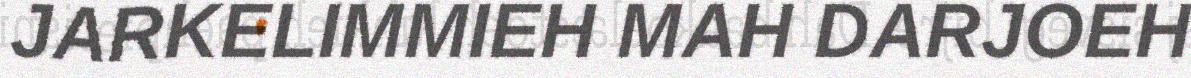
JARKELIMMIEH MAH DARJOEH